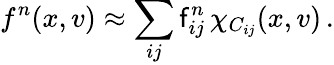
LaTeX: f^{n}(x,v)\approx\sum_{ij}\mathsf{f}_{ij}^{n}\, \chi_{C_{ij}}(x,v)\, .